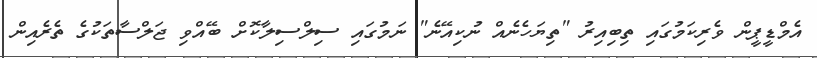
އެމްޑީޕީން ވެރިކަމުގައި ތިބިއިރު "ތިޔަހެނެއް ނުކިއޭނެ" ނަމުގައި ސިލްސިލާކޮށް ބޭއްވި ޖަލްސާތަކުގެ ތެރެއިން